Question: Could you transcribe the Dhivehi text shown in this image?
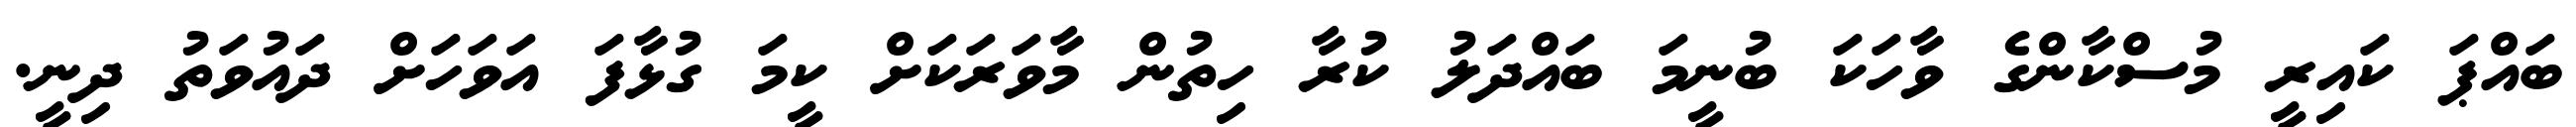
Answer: ބައްޕަ ކައިރީ މުސްކާންގެ ވާހަކަ ބުނީމަ ބައްދަލު ކުރާ ހިތުން މާވަރަކަށް ކީމަ ގުޅާފަ އަވަހަށް ދައުވަތު ދިނީ.